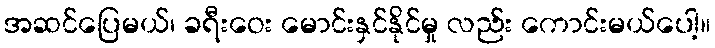
အဆင်ပြေမယ်၊ ခရီးဝေး မောင်းနှင်နိုင်မှု လည်း ကောင်းမယ်ပေါ့။